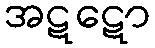
အဋဋော